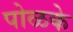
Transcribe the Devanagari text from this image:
पोळके